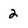
Character: 2